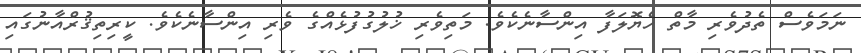
ނަމަވެސް ތެދުވެރި މާތް ހެޔޮލަފާ އިންސާނެކެވެ. މަތިވެރި ޚުލުގުފުޅެއްގެ ވެރި އިންސާނެކެވެ. ކީރިތިޤުރްއާނުގައި